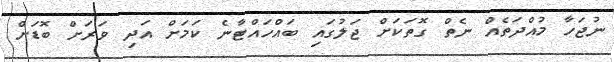
ނުޖަހާ މުއްދަތެއް ނެތް ގޮތަކަށް ޖަލުގައި ބައްހައްޓާނެ ކަމަށް އަދި ވަރަށް ބޮޑަށް